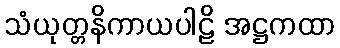
သံယုတ္တနိကာယပါဠိ အဋ္ဌကထာ